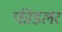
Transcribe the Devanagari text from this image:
फीडलर